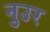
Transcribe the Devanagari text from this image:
नुउर